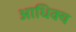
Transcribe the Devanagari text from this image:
आधिक्‍य